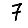
Digit: 7